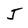
Character: J